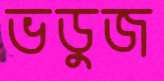
ভডুজ